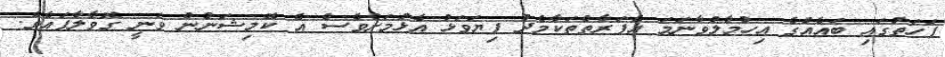
ފަހަތުގައި ބައެއްގެ އިހުމާލުވާނަމަ އެފަރާތްތަކާމެދު ފިޔަވަޅު އެޅުމަށްވެސް އެ ކޮމިޝަނުން ވަނީ ގޮވާލާފައެވެ.